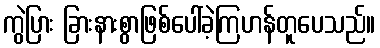
ကွဲပြား ခြားနားစွာဖြစ်ပေါ်ခဲ့ကြဟန်တူပေသည်။